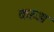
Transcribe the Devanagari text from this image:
करुअ